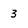
Character: 3